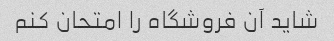
شاید آن فروشگاه را امتحان کنم